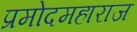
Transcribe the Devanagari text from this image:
प्रमोदमहाराज